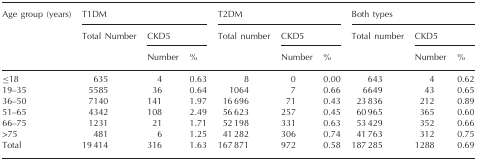
<table><thead><tr><td rowspan="3"><b>Age group (years)</b></td><td colspan="3"><b>T1DM</b></td><td colspan="3"><b>T2DM</b></td><td colspan="3"><b>Both types</b></td></tr><tr><td rowspan="2"><b>Total Number</b></td><td colspan="2"><b>CKD5</b></td><td rowspan="2"><b>Total number</b></td><td colspan="2"><b>CKD5</b></td><td rowspan="2"><b>Total number</b></td><td colspan="2"><b>CKD5</b></td></tr><tr><td><b>Number</b></td><td><b>%</b></td><td><b>Number</b></td><td><b>%</b></td><td><b>Number</b></td><td><b>%</b></td></tr></thead><tbody><tr><td>≤18</td><td>635</td><td>4</td><td>0.63</td><td>8</td><td>0</td><td>0.00</td><td>643</td><td>4</td><td>0.62</td></tr><tr><td>19–35</td><td>5585</td><td>36</td><td>0.64</td><td>1064</td><td>7</td><td>0.66</td><td>6649</td><td>43</td><td>0.65</td></tr><tr><td>36–50</td><td>7140</td><td>141</td><td>1.97</td><td>16 696</td><td>71</td><td>0.43</td><td>23 836</td><td>212</td><td>0.89</td></tr><tr><td>51–65</td><td>4342</td><td>108</td><td>2.49</td><td>56 623</td><td>257</td><td>0.45</td><td>60 965</td><td>365</td><td>0.60</td></tr><tr><td>66–75</td><td>1231</td><td>21</td><td>1.71</td><td>52 198</td><td>331</td><td>0.63</td><td>53 429</td><td>352</td><td>0.66</td></tr><tr><td>&gt;75</td><td>481</td><td>6</td><td>1.25</td><td>41 282</td><td>306</td><td>0.74</td><td>41 763</td><td>312</td><td>0.75</td></tr><tr><td>Total</td><td>19 414</td><td>316</td><td>1.63</td><td>167 871</td><td>972</td><td>0.58</td><td>187 285</td><td>1288</td><td>0.69</td></tr></tbody></table>